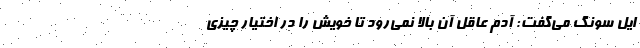
ایل سونگ می‌گفت: آدم عاقل آن بالا نمی‌رود تا خویش را در اختیار چیزی